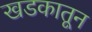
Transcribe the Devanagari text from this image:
खडकातून